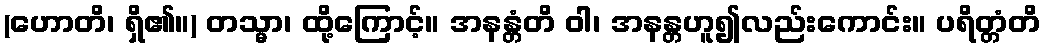
(ဟောတိ၊ ရှိ၏။) တသ္မာ၊ ထို့ကြောင့်။ အနန္တံတိ ဝါ၊ အနန္တဟူ၍လည်းကောင်း။ ပရိတ္တံတိ